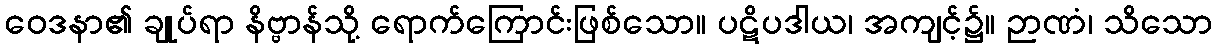
ဝေဒနာ၏ ချုပ်ရာ နိဗ္ဗာန်သို့ ရောက်ကြောင်းဖြစ်သော။ ပဋိပဒါယ၊ အကျင့်၌။ ဉာဏံ၊ သိသော